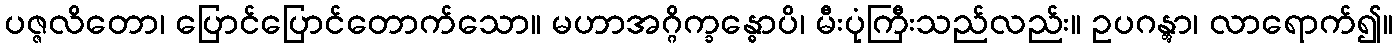
ပဇ္ဇလိတော၊ ပြောင်ပြောင်တောက်သော။ မဟာအဂ္ဂိက္ခန္ဓောပိ၊ မီးပုံကြီးသည်လည်း။ ဥပဂန္တွာ၊ လာရောက်၍။